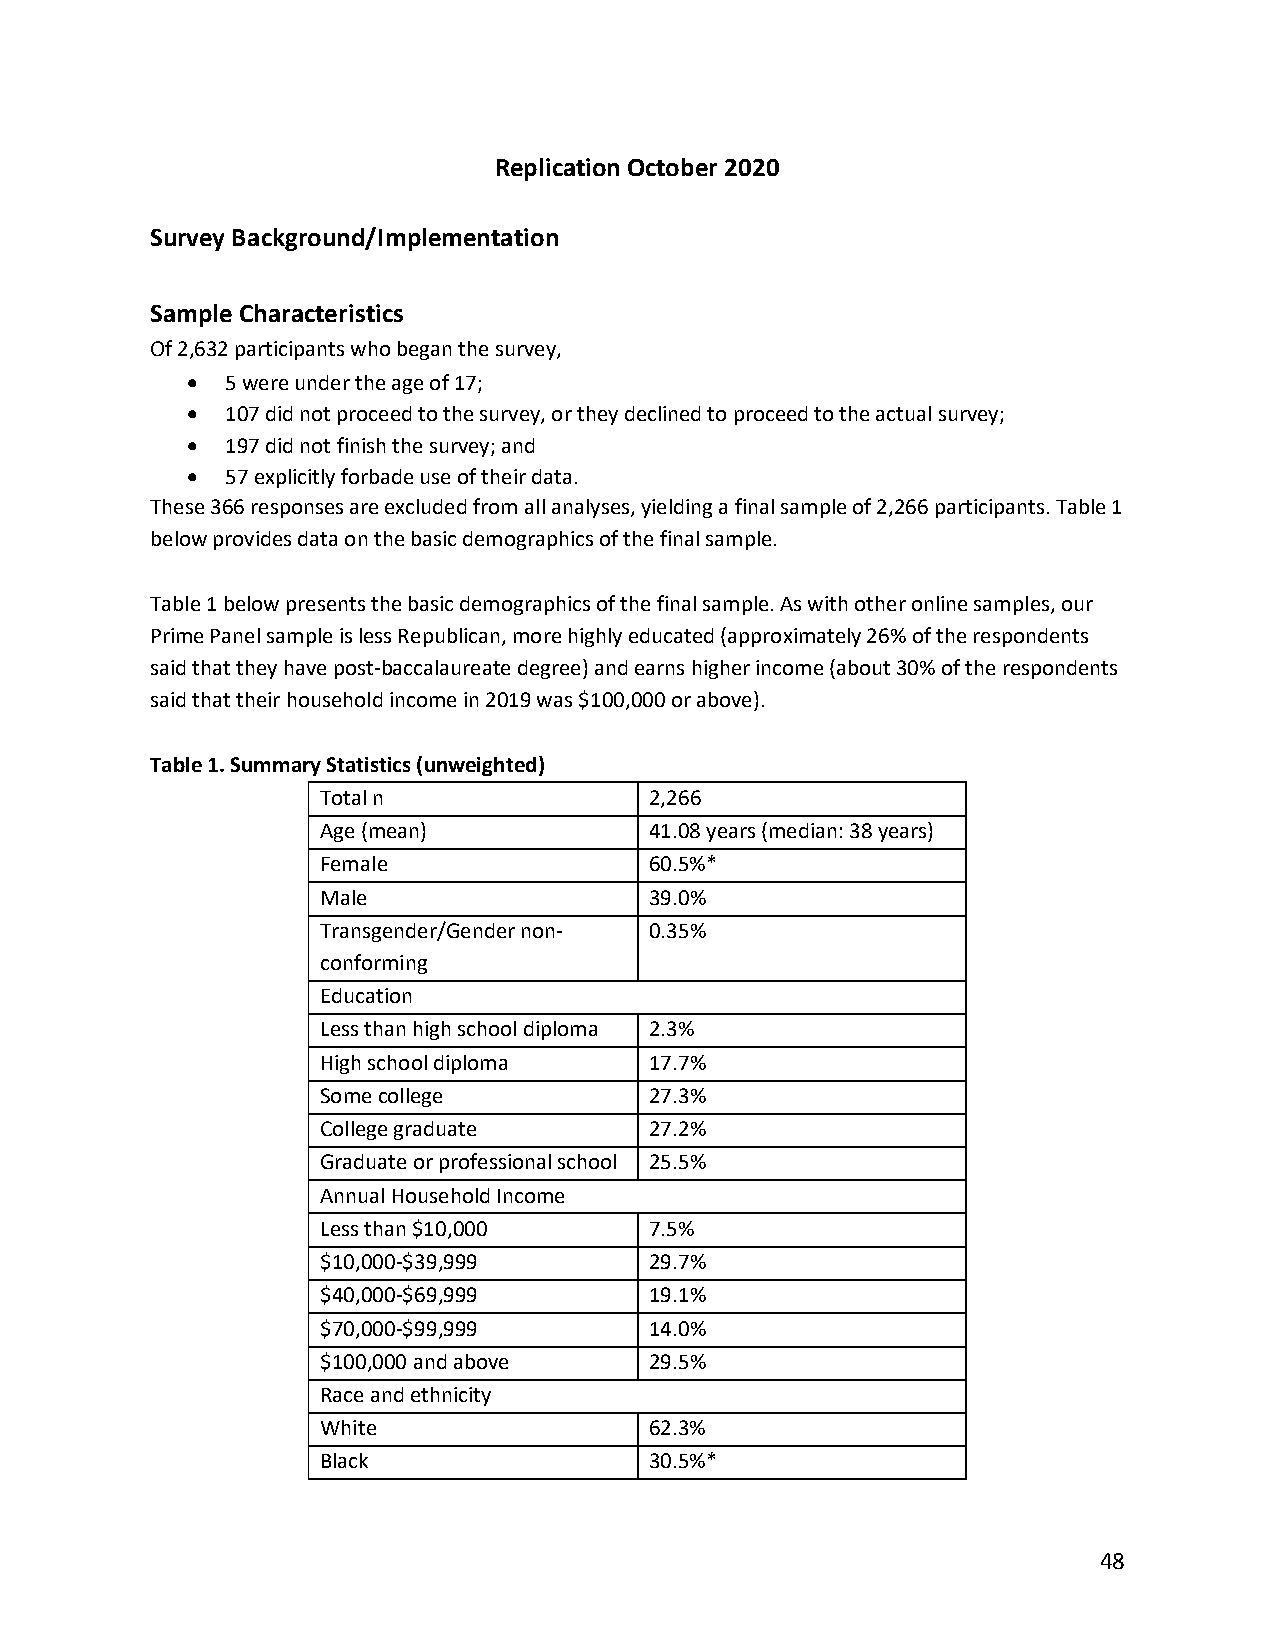
Replication October 2020
 Survey Background/Implementation
 Sample Characteristics
 Of 2,632 participants who began the survey,
 •  5 were under the age of 17;
 •  107 did not proceed to the survey, or they declined to proceed to the actual survey;
 •  197 did not finish the survey; and
 •  57 explicitly forbade use of their data.
 These 366 responses are excluded from all analyses, yielding a final sample of 2,266 participants. Table 1
 below provides data on the basic demographics of the final sample.
 Table 1 below presents the basic demographics of the final sample. As with other online samples, our
 Prime Panel sample is less Republican, more highly educated (approximately 26% of the respondents
 said that they have post-baccalaureate degree) and earns higher income (about 30% of the respondents
 said that their household income in 2019 was $100,000 or above).
 Table 1. Summary Statistics (unweighted)
 Total n               2,266
 Age (mean)            41.08 years (median: 38 years)
 Female                60.5%*
 Male                  39.0%
 Transgender/Gender non- 0.35%
 conforming
 Education
 Less than high school diploma 2.3%
 High school diploma   17.7%
 Some college          27.3%
 College graduate      27.2%
 Graduate or professional school 25.5%
 Annual Household Income
 Less than $10,000     7.5%
 $10,000-$39,999       29.7%
 $40,000-$69,999       19.1%
 $70,000-$99,999       14.0%
 $100,000 and above    29.5%
 Race and ethnicity
 White                 62.3%
 Black                 30.5%*
 48